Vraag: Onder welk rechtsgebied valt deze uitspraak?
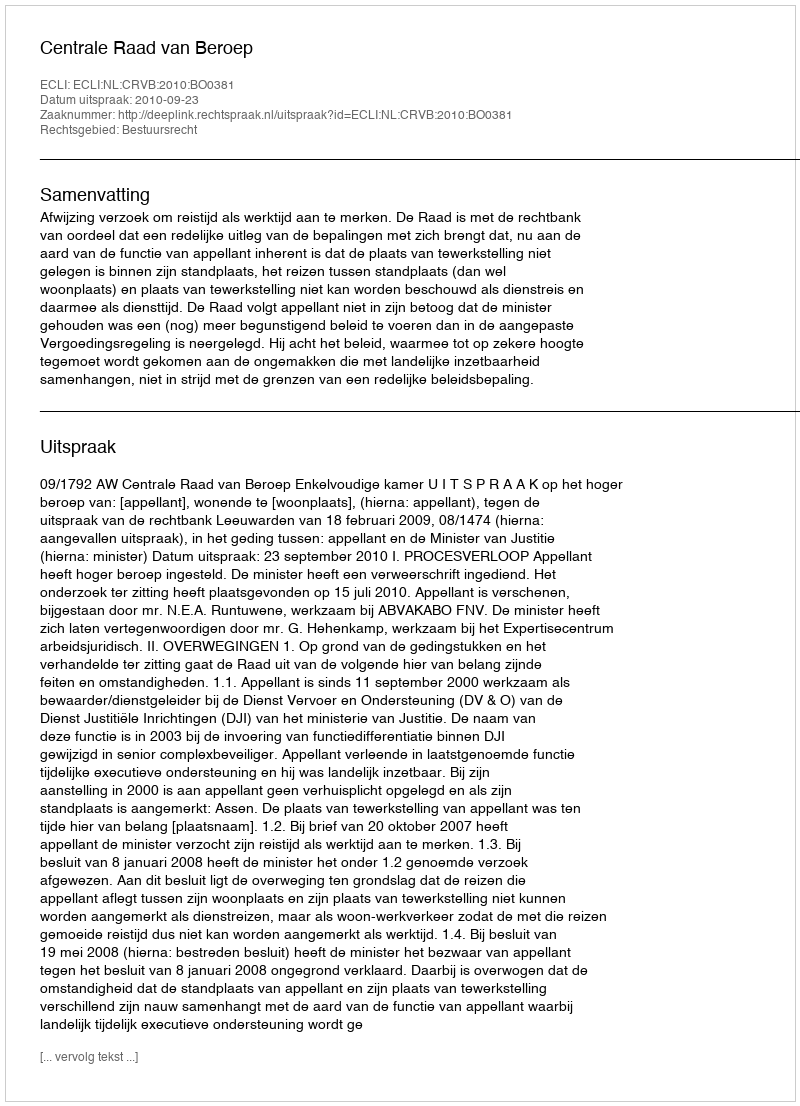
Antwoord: Bestuursrecht